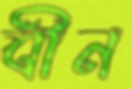
বীন